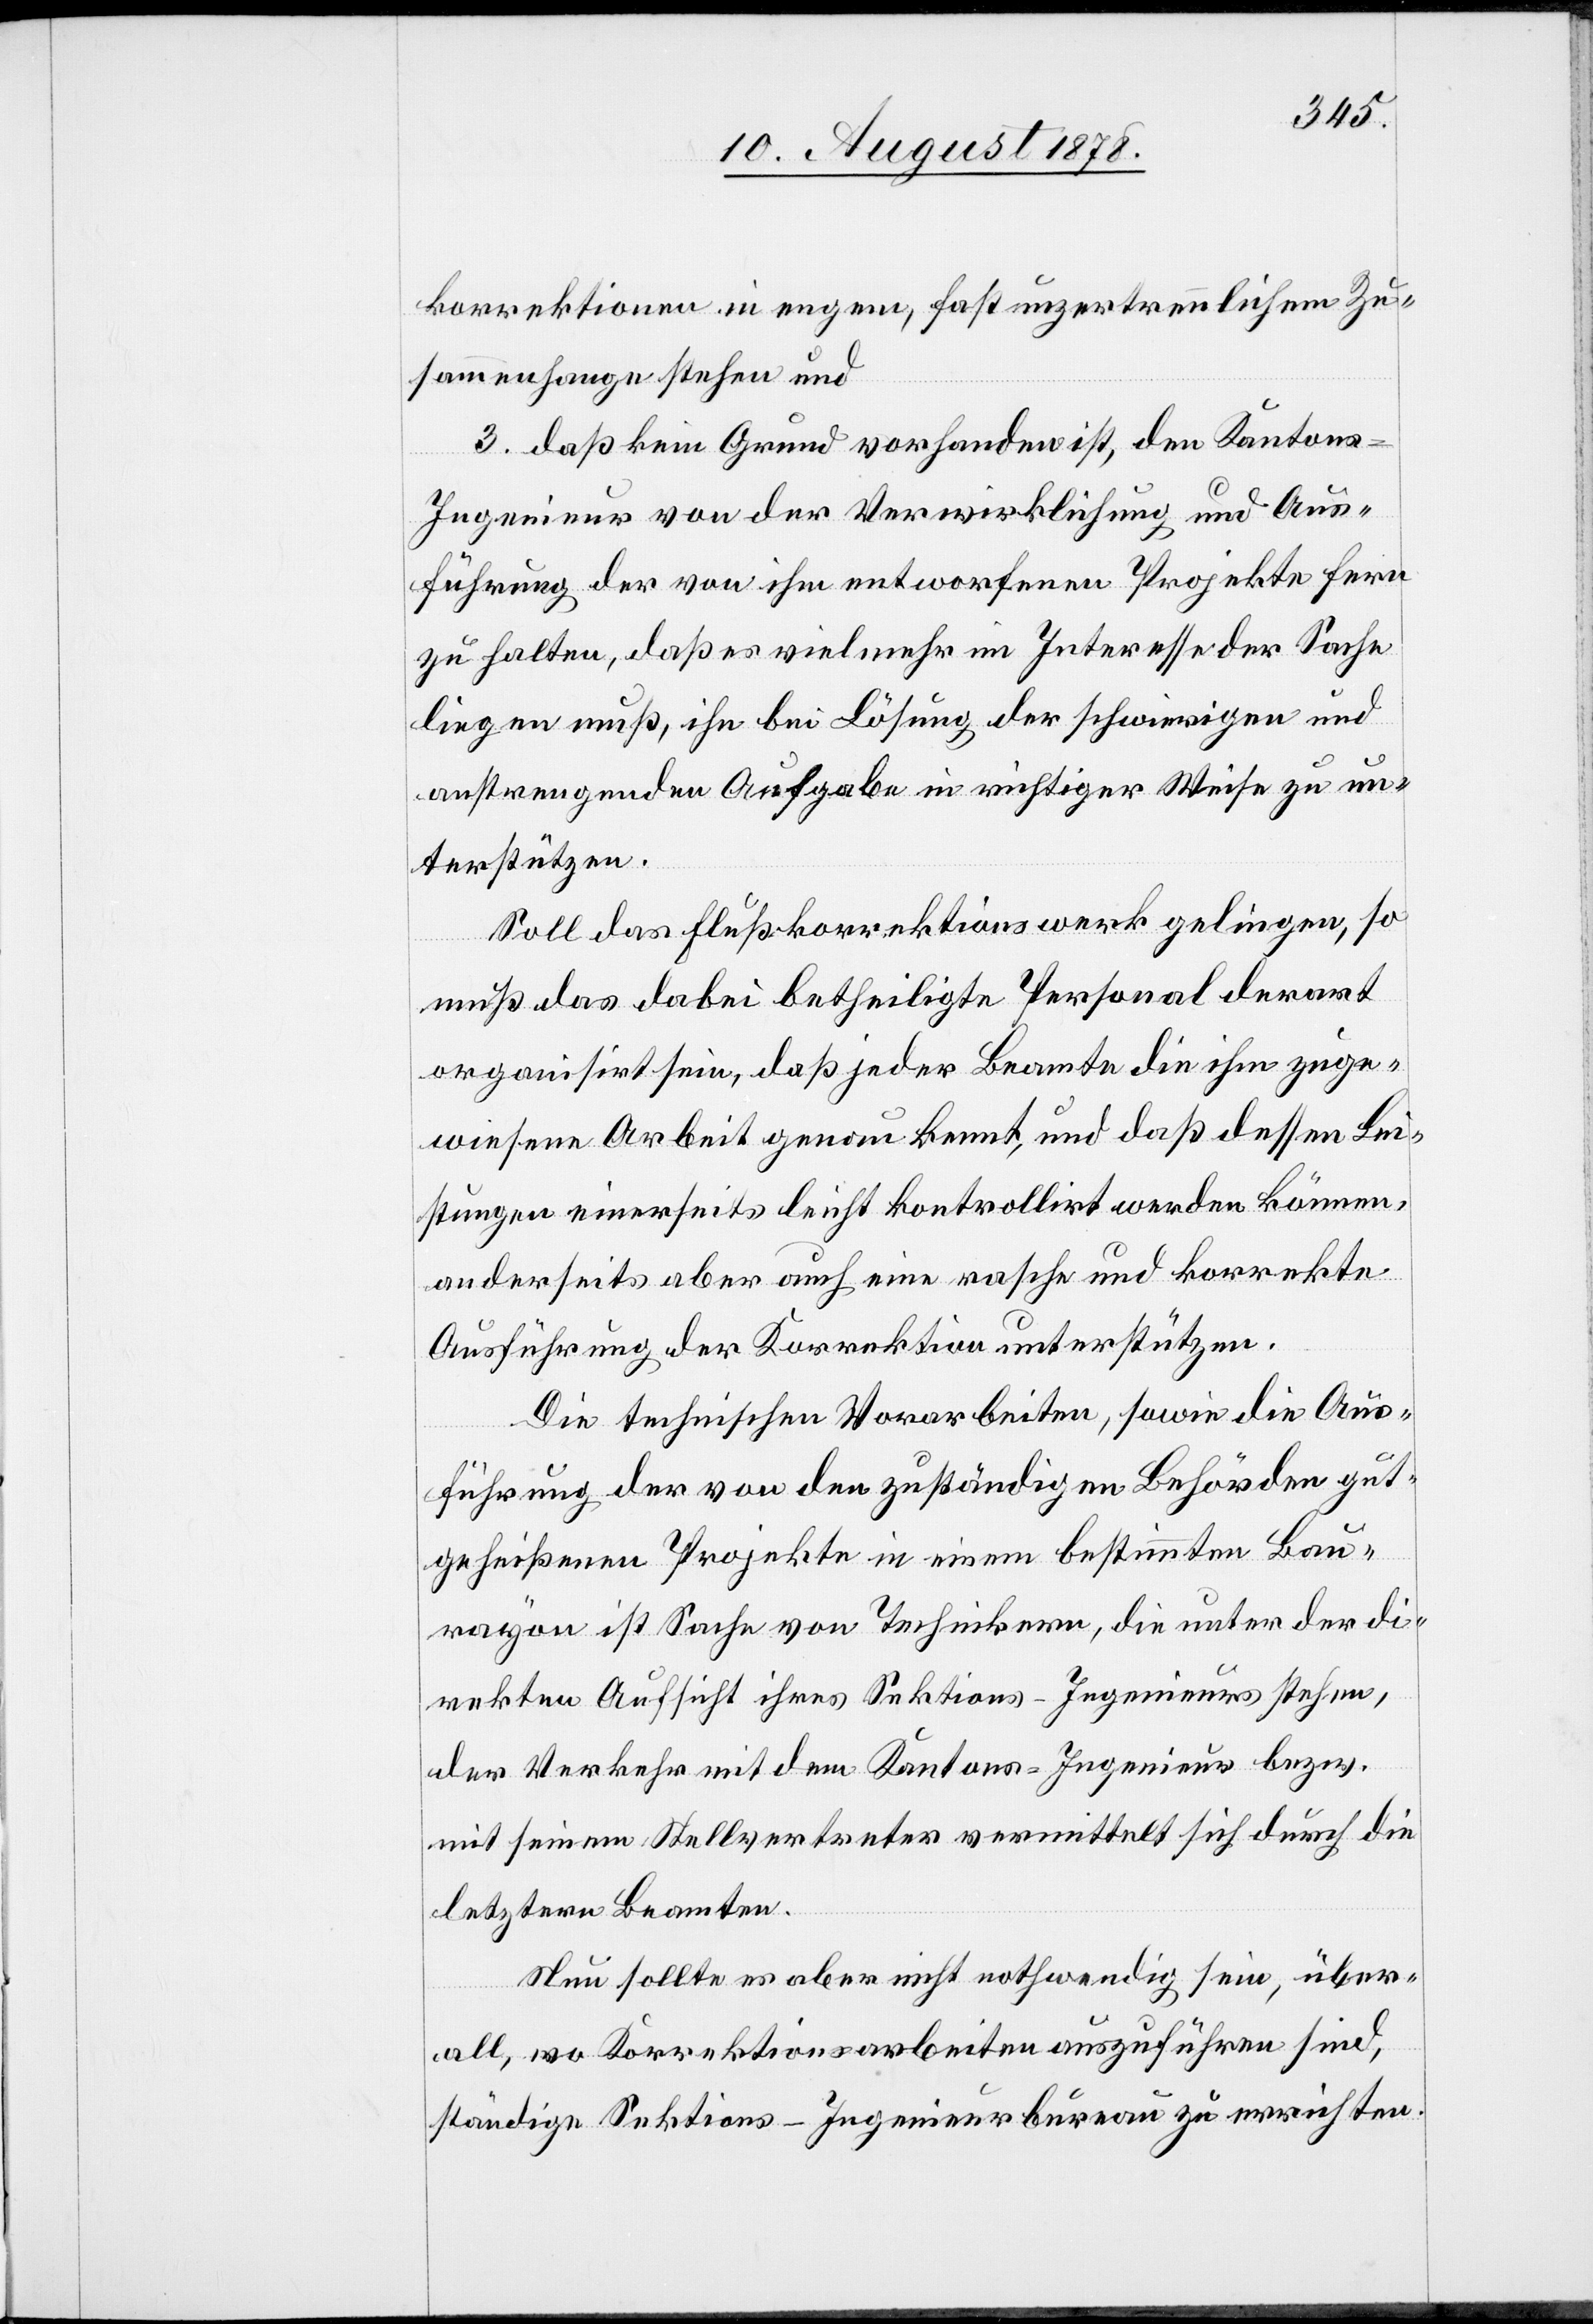
korrektionen in engem, fast unzertrennlichem Zu¬
sammenhange stehen und
3. daß kein Grund vorhanden ist, den Kantons-I¬
ngenieur von der Verwirklichung und Aus¬
führung der von ihm entworfenen Projekte fern
zu halten, daß es vielmehr im Interesse der Sache
liegen muß, ihn bei der Lösung der schwierigen und
anstrengenden Aufgabe in richtiger Weise zu un¬
terstützen.
Soll das Flußkorrektionswerk gelingen, so
muß das dabei betheiligte Personal derart
organisirt sein, das jeder Beamte die ihm zuge¬
wiesene Arbeit genau kennt, und daß dessen Lei¬
stungen einerseits leicht kontrollirt werden können,
anderseits aber auch eine rasche und korrekte
Ausführung der Korrektion unterstützen.
Die technischen Vorarbeiten, sowie die Aus¬
führung der von den zuständigen Behörden gut¬
geheißenen Projekte in einem bestimmten Bau¬
rayon ist Sache von Technikern, die unter der di¬
rekten Aufsicht ihres Sektions-Ingenieurs stehen,
der Verkehr mit dem Kantons-Ingenieur bezw.
mit seinem Stellvertreter vermittelt sich durch die
letzteren Beamten.
Nun sollte es aber nicht nothwendig sein, über¬
all, wo Korrektionsarbeiten auszuführen sind,
ständige Sektions-Ingenieurbureau zu errichten.